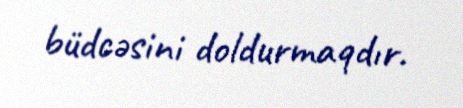
büdcəsini doldurmaqdır.